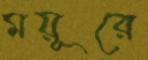
ময়ূরে